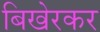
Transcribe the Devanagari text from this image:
बिखेरकर